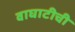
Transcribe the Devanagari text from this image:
वाघाटीची